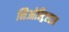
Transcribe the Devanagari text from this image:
निओस्ट्रिएटम